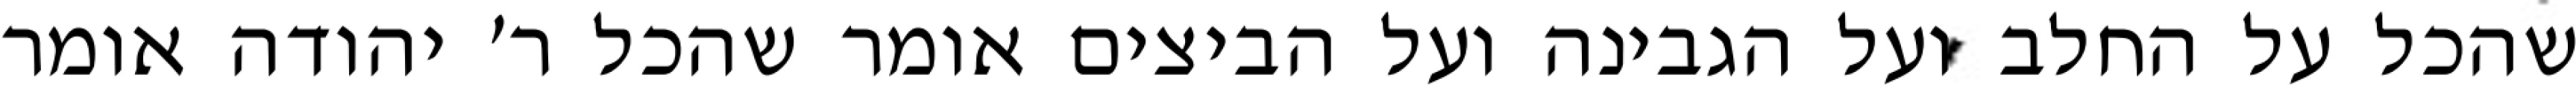
שהכל על החלב ועל הגבינה ועל הביצים אומר שהכל ר׳ יהודה אומר